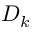
D _ { k }